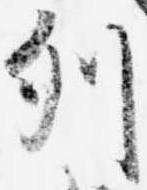
列